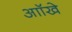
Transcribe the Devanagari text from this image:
आॉखे